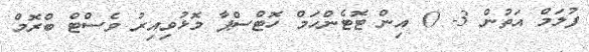
ފުލަމް އަތުން 3- 0 އިން ޓޮޓެންހަމް ހޮޓްސްޕާ މޮޅުވިއިރު ވެސްޓް ބްރޮމް